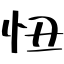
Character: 忸